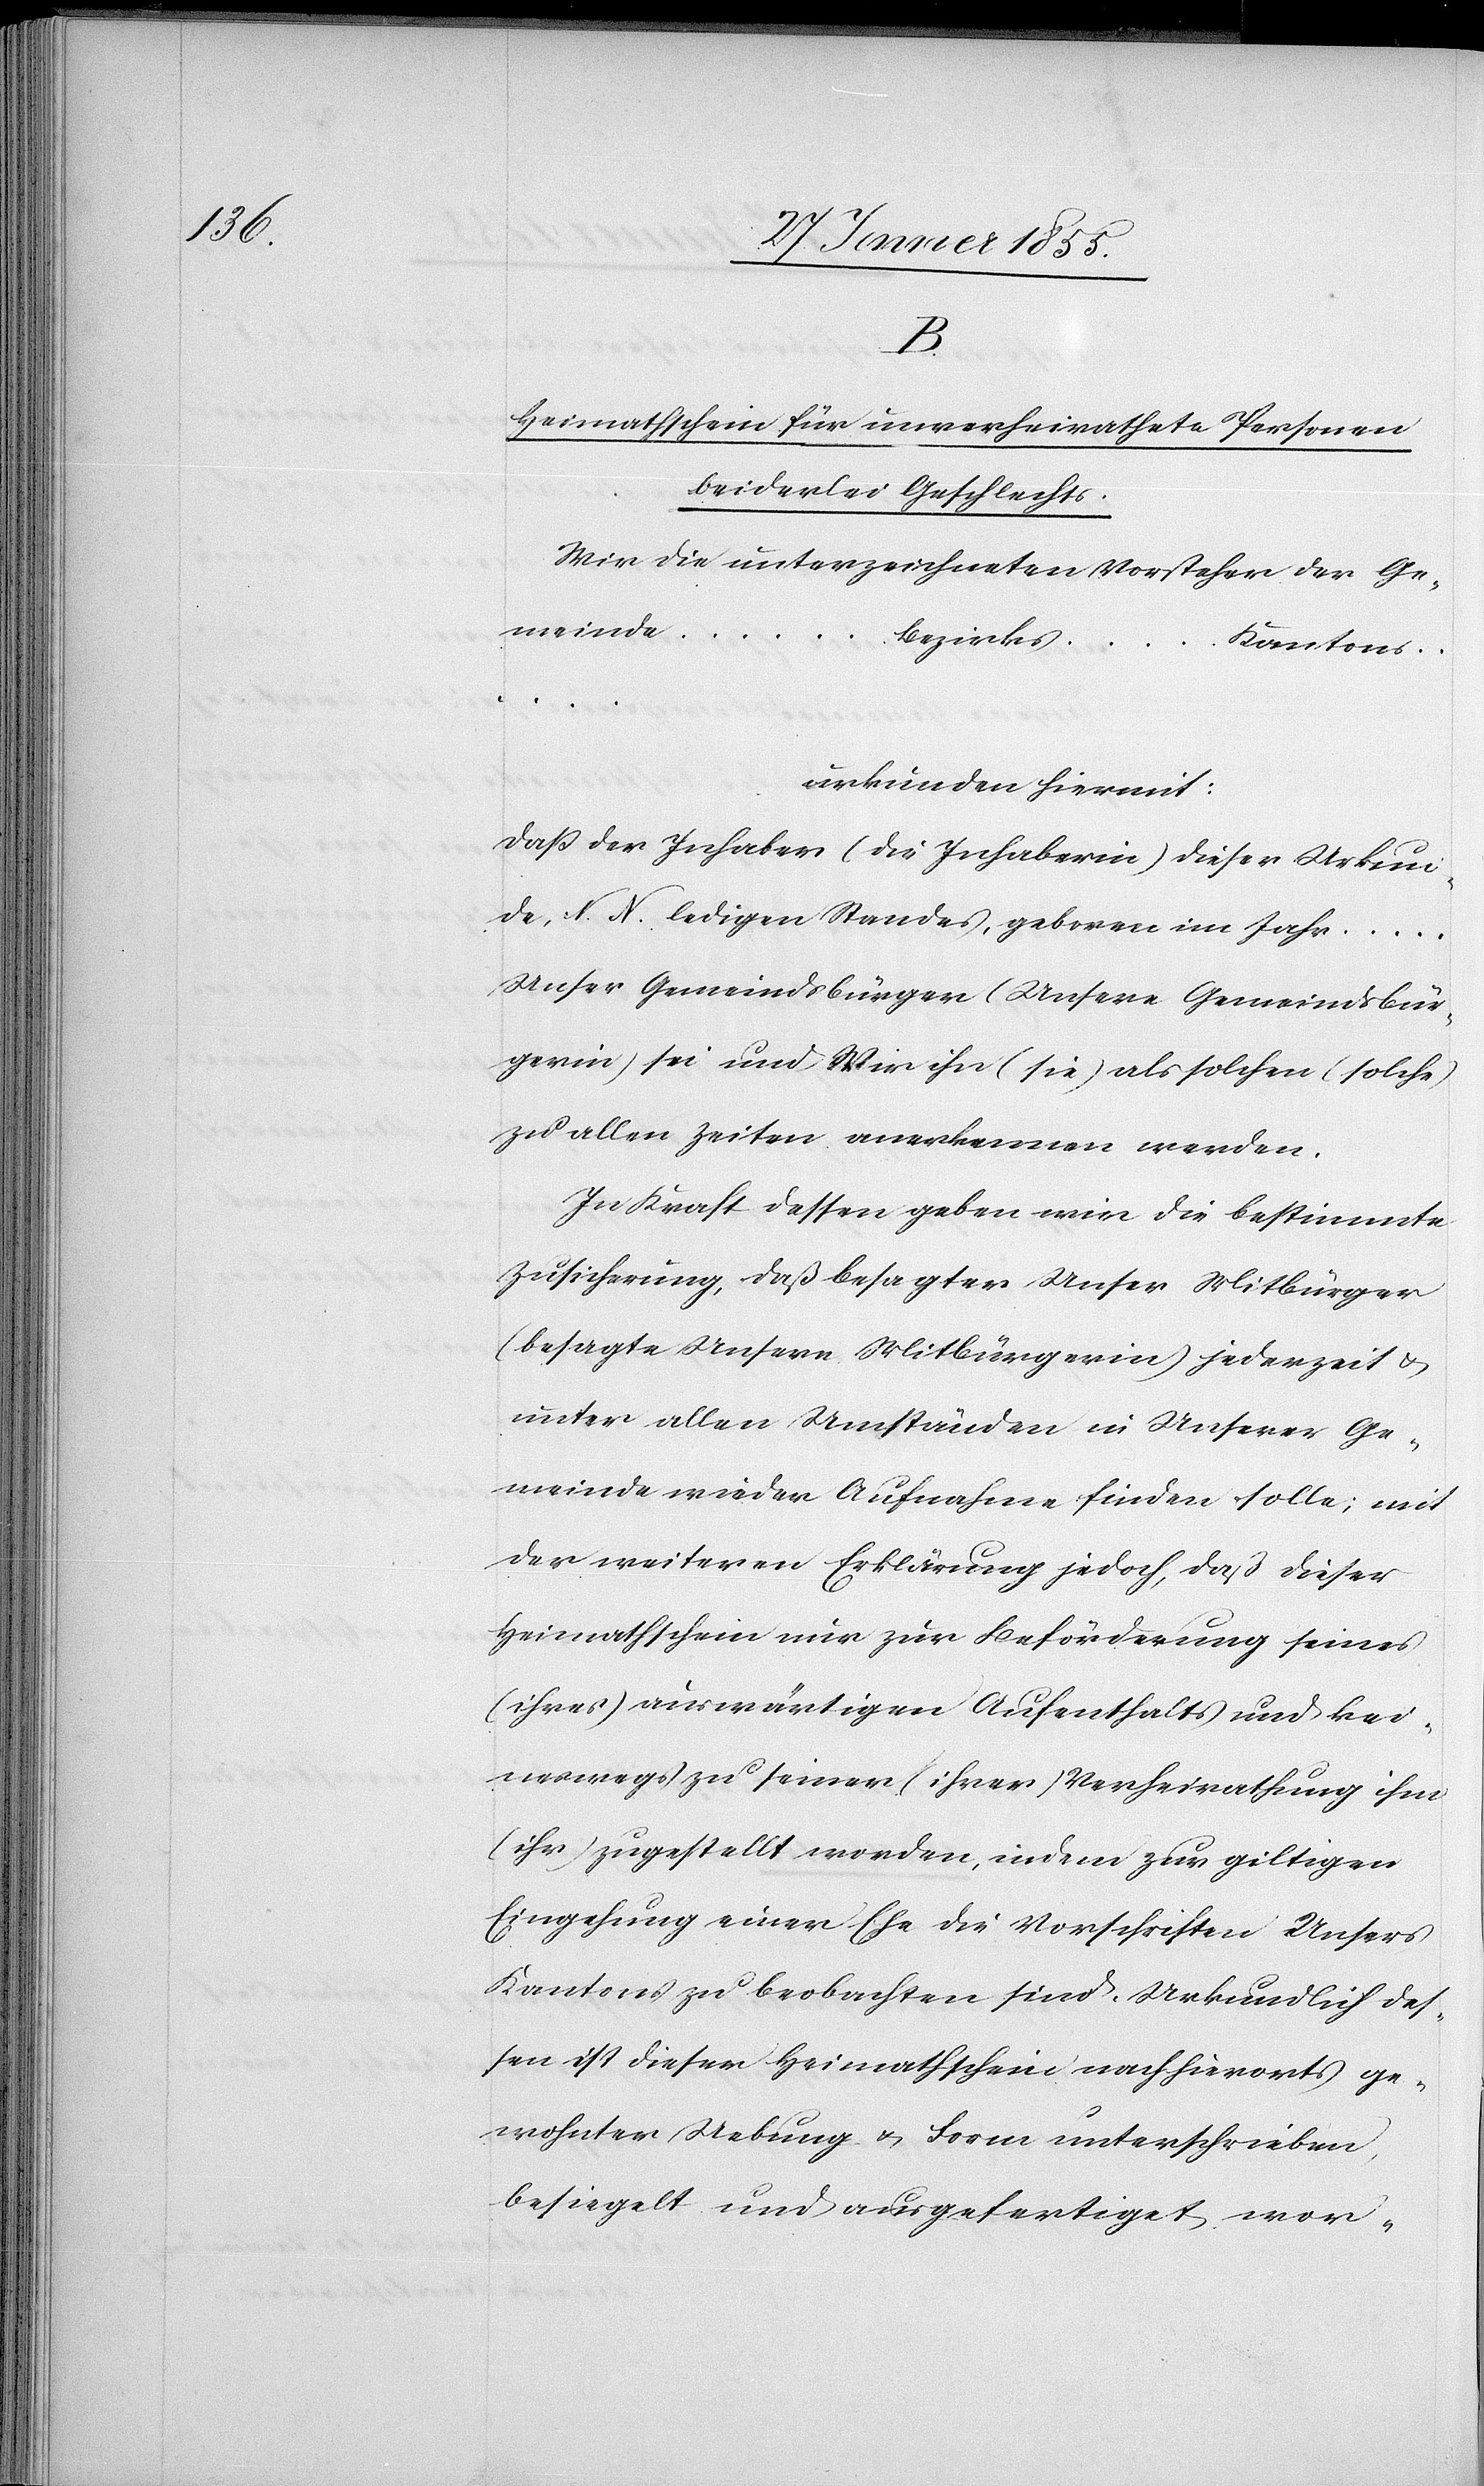
B.
Heimathschein für unverheirathete Personen
beiderlei Geschlechts.
Wir die unterzeichneten Vorsteher der Ge¬
meinde …
Bezirkes …
Kantons …
urkunden hiermit:
daß der Inhaber (die Inhaberin) dieser Urkun¬
de, N. N. ledigen Standes, geboren im Jahr …
Unser Gemeindsbürger (Unsere Gemeindsbür¬
gerin) sei und Wir ihn (sie) als solchen (solche)
zu allen Zeiten anerkennen werden.
In Kraft dessen geben wir die bestimmte
Zusicherung, daß besagter Unser Mitbürger
(besagte Unsere Mitbürgerin) jederzeit &
unter allen Umständen in Unserer Ge¬
meinde wieder Aufnahme finden solle; mit
der weiteren Erklärung jedoch, daß dieser
Heimathschein nur zur Beförderung seines
(ihres) auswärtigen Aufenthalts und kei¬
neswegs zu seiner (ihrer) Verheirathung ihm
(ihr) zugestellt worden, indem zur giltigen
Eingehung einer Ehe die Vorschriften Unsers
Kantons zu beobachten sind. Urkundlich des¬
sen ist dieser Heimathschein nach hierorts ge¬
wohnter Uebung & Form unterschrieben,
besiegelt und ausgefertiget wor-